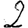
Digit: 2